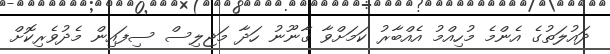
ދައުލަތުގެ އެންމެ މުހިއްމު އެއްބާރު ކަމަށްވާ ގާނޫނު ހަދާ މަޖިލިސް ސިފައިން މެދުވެރިކޮށް